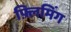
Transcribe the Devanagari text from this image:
फ़्लिमिंग